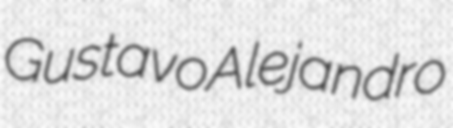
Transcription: Gustavo Alejandro